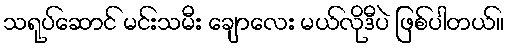
သရုပ်ဆောင် မင်းသမီး ချောလေး မယ်လိုဒီပဲ ဖြစ်ပါတယ်။